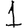
Digit: 1